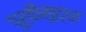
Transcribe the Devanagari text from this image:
पूर्वीसुद्धा